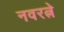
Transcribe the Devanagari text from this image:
नवरत्ने